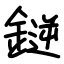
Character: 𫒼